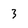
Character: 3